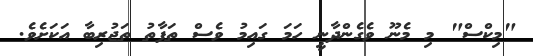
"މިކްސް" މި މެނޫ ވެގެންދާނީ ހަމަ ގައިމު ވެސް ތަފާތު ތަޖުރިބާ އަކަށެވެ.